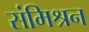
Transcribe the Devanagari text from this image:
संमिश्रन